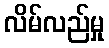
လိမ်လည်မှု